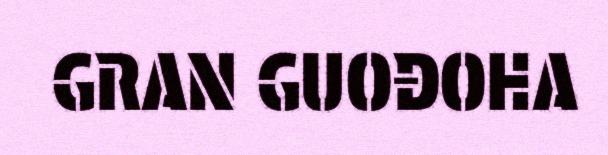
GRAN GUOĐOHA